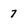
Character: 7